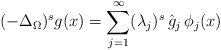
\begin{align*}\displaystyle(-\Delta_{\Omega})^{s}g(x)=\sum_{j=1}^{\infty}(\lambda_j)^s\, \hat{g}_j\, \phi_j(x)\end{align*}